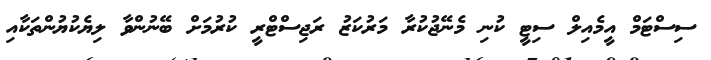
ސިސްޓަމް އީމެއިލް ސިޓީ ކުނި މެނޭޖުކުރާ މަރުކަޒު ރަޖިސްޓްރީ ކުރުމަށް ބޭނުންވާ ލިޔެކުޔުންތަކާއި